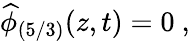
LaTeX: \widehat{\phi}_{(5/3)}(z,t)=0\ ,